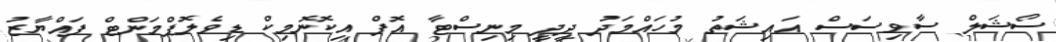
ސޯޝަލް ސާވިސަސް އައިޝަތު މުހައްމަދު ދީދީ މިނިސްޓާ އޮފް އިކޮނޮމިކް ޑިވެލޮޕްމަންޓް ފައްޔާޒު